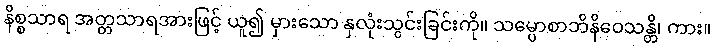
နိစ္စသာရ အတ္တသာရအားဖြင့် ယူ၍ မှားသော နှလုံးသွင်းခြင်းကို။ သမ္ပောစာဘိနိဝေသန္တိ၊ ကား။